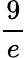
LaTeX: \frac{9}{e}